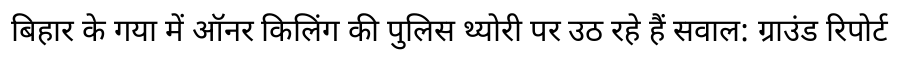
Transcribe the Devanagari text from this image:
बिहार के गया में ऑनर किलिंग की पुलिस थ्योरी पर उठ रहे हैं सवाल: ग्राउंड रिपोर्ट